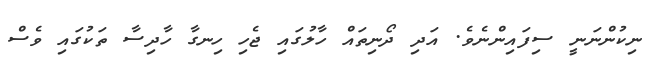
ނިކުންނަނީ ސިފައިންނެވެ. އަދި ދޯނިތައް ހާލުގައި ޖެހި ހިނގާ ހާދިސާ ތަކުގައި ވެސް